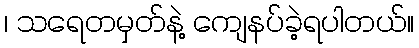
၊ သရေတမှတ်နဲ့ ကျေနပ်ခဲ့ရပါတယ်။